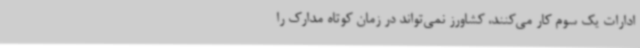
ادارات یک سوم کار می‌کنند، کشاورز نمی‌تواند در زمان کوتاه مدارک را